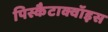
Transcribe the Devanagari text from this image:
पिस्कैटाक्वॉइस